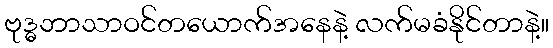
ဗုဒ္ဓဘာသာဝင်တယောက်အနေနဲ့ လက်မခံနိုင်တာနဲ့။